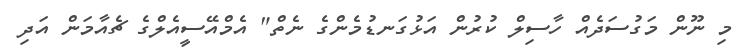
މި ނޫން މަގުސަދެއް ހާސިލް ކުރުން އަޅުގަނޑުމެންގެ ނެތް" އެމްއޭސީއެލްގެ ޗެއާމަން އަދި